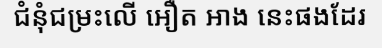
ជំនុំជម្រះលើ អឿត អាង នេះផងដែរ